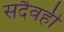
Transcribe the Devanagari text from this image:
सदैवही